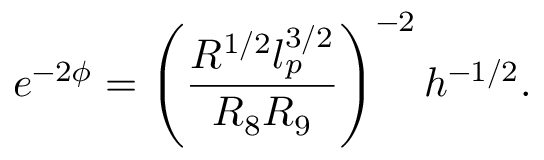
e ^ { - 2 \phi } = \left( \frac { R ^ { 1 / 2 } l _ { p } ^ { 3 / 2 } } { R _ { 8 } R _ { 9 } } \right) ^ { - 2 } h ^ { - 1 / 2 } .